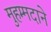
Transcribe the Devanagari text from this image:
मुहम्मदाने